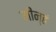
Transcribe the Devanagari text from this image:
मीन्हं